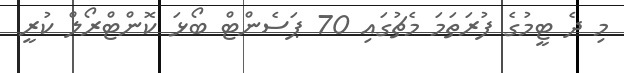
މި ދެ ޓީމުގެ ފުރަތަމަ މެޗުގައި 70 ޕަސެންޓް ބޯޅަ ކޮންޓްރޯލް ކުރީ